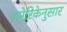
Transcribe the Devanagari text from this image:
अमेरिकेनुसार